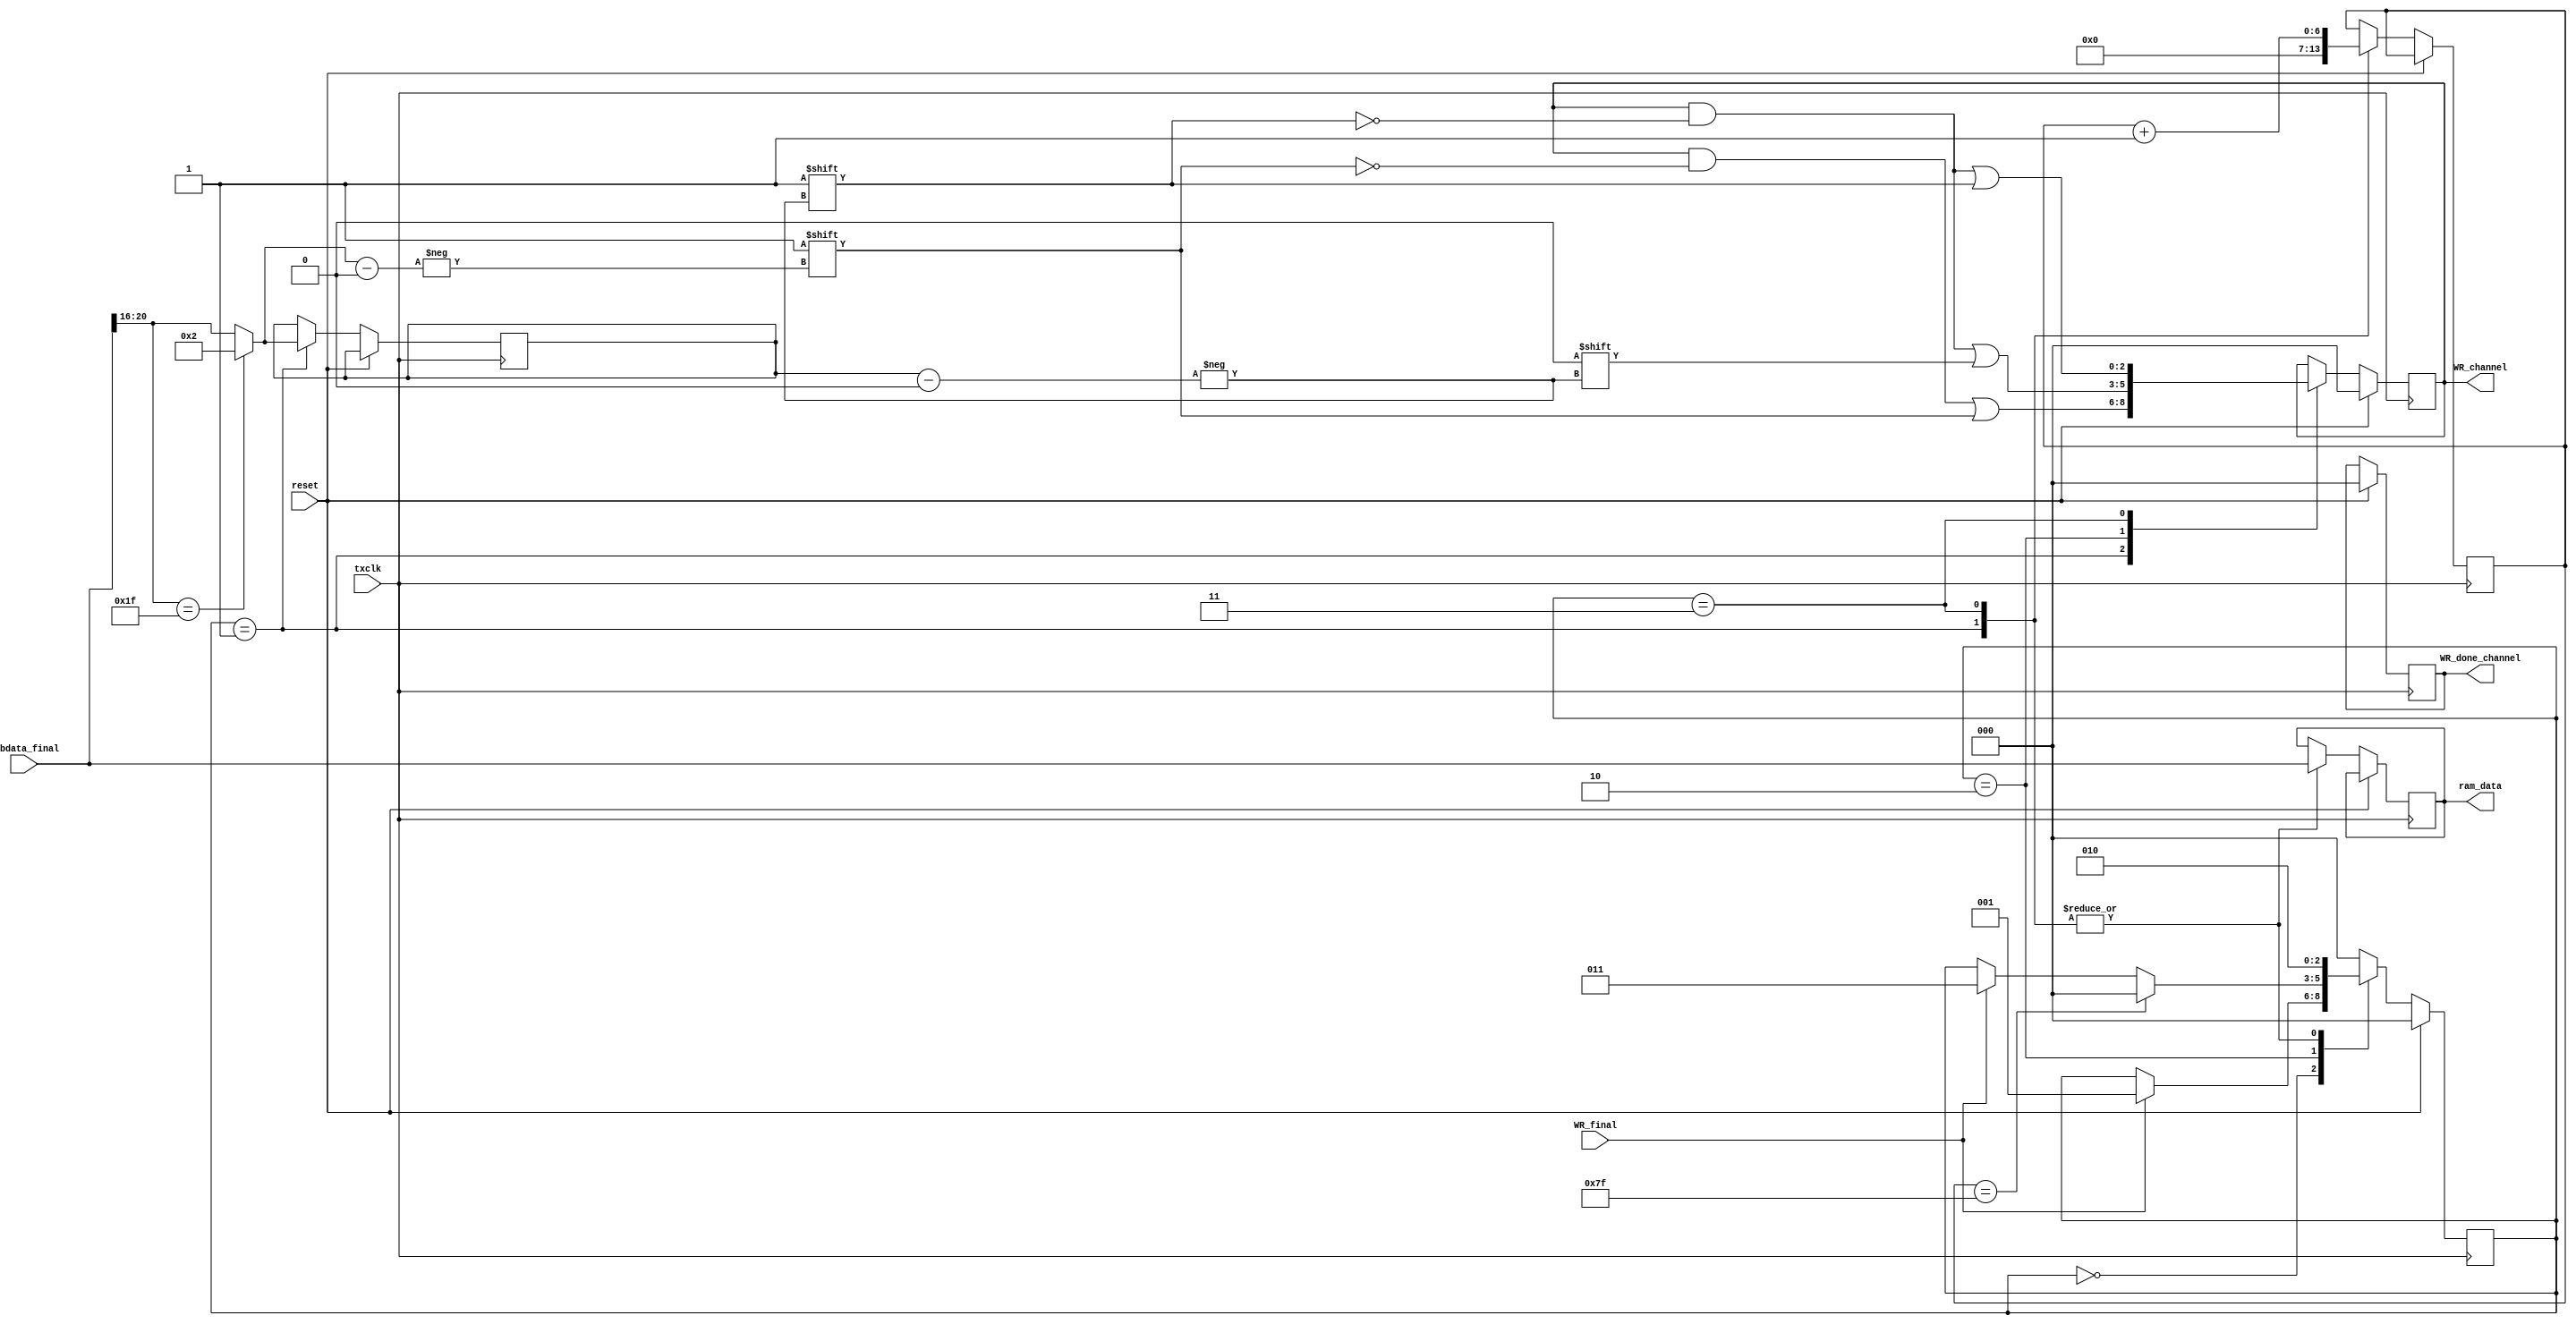
module channel_demux
 #(parameter NUM_CHAN = 2) (     //usb Side
   input [31:0]usbdata_final,
   input WR_final, 
   // TX Side
   input reset,
   input txclk,
   output reg [NUM_CHAN:0] WR_channel,
   output reg [31:0] ram_data,
   output reg [NUM_CHAN:0] WR_done_channel );
   /* Parse header and forward to ram */
	
    reg [2:0]reader_state;
    reg [4:0]channel ;
    reg [6:0]read_length ;
	
	 // States
    parameter IDLE      =    3'd0;
    parameter HEADER    =    3'd1;
    parameter WAIT      =    3'd2;
    parameter FORWARD   =    3'd3;
	
	`define CHANNEL 20:16
	`define PKT_SIZE 127
	wire [4:0] true_channel;
	assign true_channel = (usbdata_final[`CHANNEL] == 5'h1f) ?
							NUM_CHAN : (usbdata_final[`CHANNEL]);
	
	always @(posedge txclk)
	  begin
	    if (reset)
	      begin
	       reader_state <= IDLE;
	       WR_channel <= 0;
	       WR_done_channel <= 0;
	      end
	      else
	        case (reader_state)
	        IDLE: begin
	            if (WR_final)
	                reader_state <= HEADER; 
	            end
	       
            // Store channel and forware header
	        HEADER: begin
	            channel <= true_channel;
	            WR_channel[true_channel] <= 1;
	            ram_data <= usbdata_final;
				read_length <= 7'd0 ;
				
                reader_state <= WAIT;
	        end
	       
	        WAIT: begin
	           WR_channel[channel] <= 0;
	
			   if (read_length == `PKT_SIZE)
	               reader_state <= IDLE;
	           else if (WR_final)
	               reader_state <= FORWARD;
	        end
	       
	        FORWARD: begin
	           WR_channel[channel] <= 1;
	           ram_data <= usbdata_final;
	           read_length <= read_length + 7'd1;
	           
	           reader_state <= WAIT;
	        end
	
			default:
               begin
					//error handling
                   reader_state <= IDLE;
               end
	       endcase
	   end
endmodule